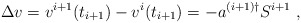
\begin{align*}\Delta v = v^{i+1}(t_{i+1})-v^{i}(t_{i+1}) = - a^{(i+1)\dagger}S^{i+1} ~, \end{align*}